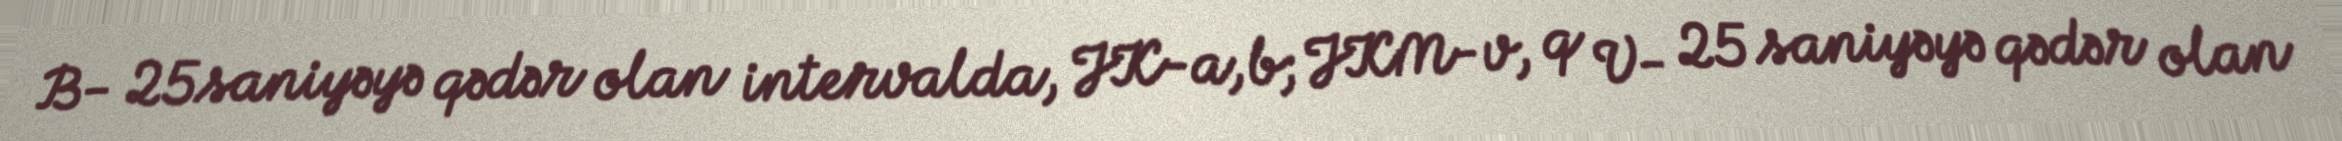
B- 25saniyəyə qədər olan intervalda, JK-a,b; JKM-v, q V- 25 saniyəyə qədər olan